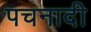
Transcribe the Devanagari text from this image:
पचनादी